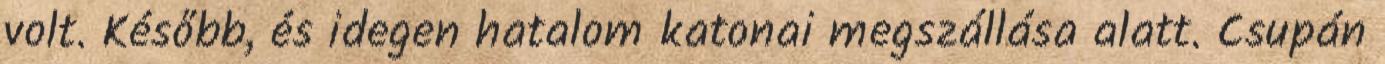
volt. Később, és idegen hatalom katonai megszállása alatt. Csupán